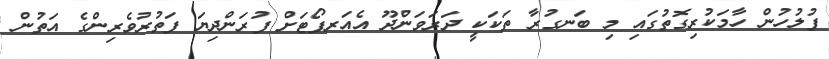
ފުލުހުން ހާމަކުރިގޮތުގައި މި ބަނގުރާ ތަކަކީ ދަރަވަންދޫ އެއަރޕޯޓަށް ފުރަންދިޔަ ފަތުރުވެރިންގެ އަތުން